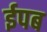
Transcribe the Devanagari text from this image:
ईपब